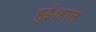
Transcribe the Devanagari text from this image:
हुईं।हाल